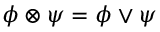
\phi \otimes \psi = \phi \vee \psi